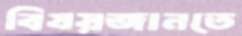
বিষয়জানতে